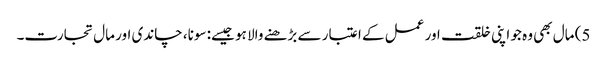
5) مال بھی وہ جو اپنی خلقت اور عمل کے اعتبار سے بڑھنے والا ہو جیسے: سونا، چاندی اور مال تجارت۔